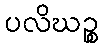
ပလိဃဉ္စ